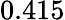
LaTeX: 0.415